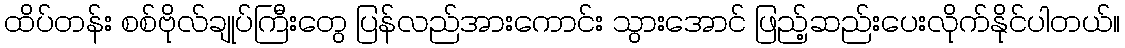
ထိပ်တန်း စစ်ဗိုလ်ချုပ်ကြီးတွေ ပြန်လည်အားကောင်း သွားအောင် ဖြည့်ဆည်းပေးလိုက်နိုင်ပါတယ်။